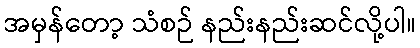
အမှန်တော့ သံစဉ် နည်းနည်းဆင်လို့ပါ။